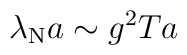
\lambda_{\rm N} a \sim g^2 T a